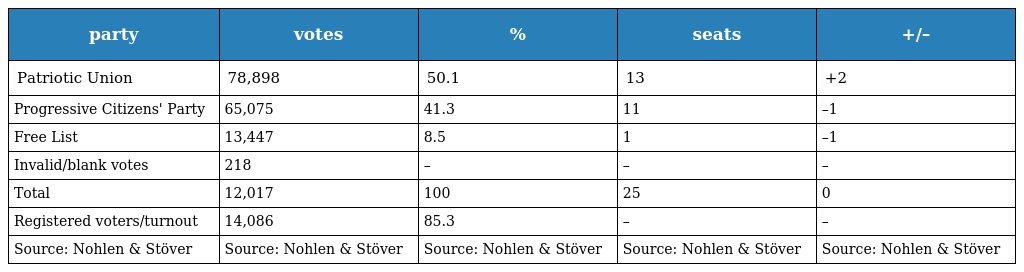
| party | votes | % | seats | +/– |
 | --- | --- | --- | --- | --- |
 | Patriotic Union | 78,898 | 50.1 | 13 | +2 |
 | Progressive Citizens' Party | 65,075 | 41.3 | 11 | –1 |
 | Free List | 13,447 | 8.5 | 1 | –1 |
 | Invalid/blank votes | 218 | – | – | – |
 | Total | 12,017 | 100 | 25 | 0 |
 | Registered voters/turnout | 14,086 | 85.3 | – | – |
 | Source: Nohlen & Stöver | Source: Nohlen & Stöver | Source: Nohlen & Stöver | Source: Nohlen & Stöver | Source: Nohlen & Stöver |